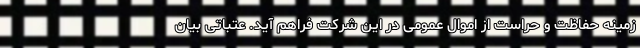
زمینه حفاظت و حراست از اموال عمومی در این شرکت فراهم آید. عتباتی بیان